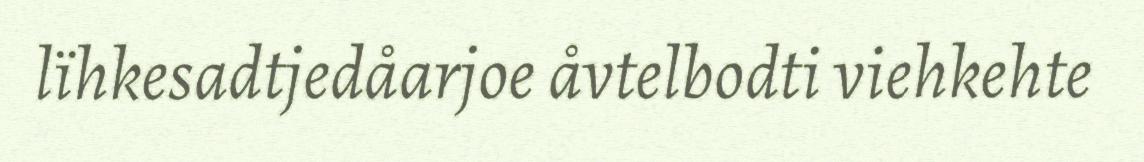
lïhkesadtjedåarjoe åvtelbodti viehkehte